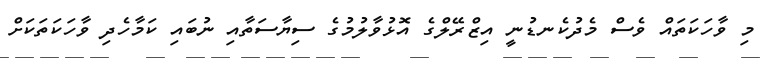
މި ވާހަކަތައް ވެސް މެދުކެނޑުނީ އިޒްރޭލްގެ އޮޅުވާލުމުގެ ސިޔާސަތާއި ނުބައި ކަމާހެދި ވާހަކަތަކަށް